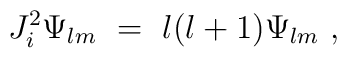
J^2_i \Psi_{lm} \ = \ l(l+1) \Psi_{lm} \ ,